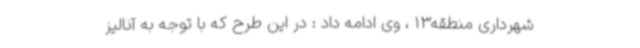
شهرداری منطقه13 ، وی ادامه داد : در این طرح که با توجه به آنالیز